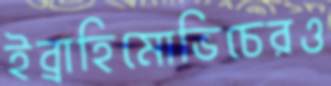
ইব্রাহিমোভিচেরও